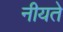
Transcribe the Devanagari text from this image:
नीयते